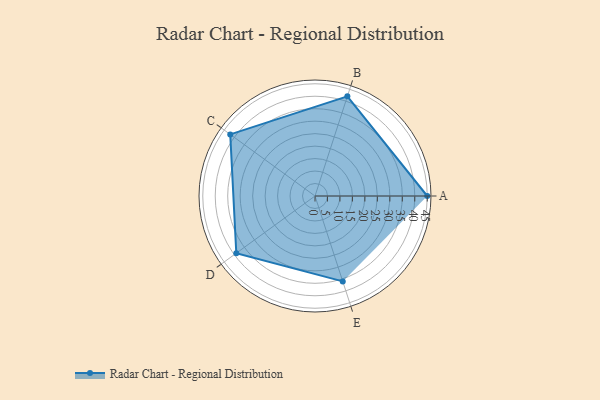
{"axis": {"x": "Skill", "y": "Score"}, "legend": ["Profile"], "data": [{"x": "A", "y": 45.0, "type": "Profile"}, {"x": "B", "y": 42.0, "type": "Profile"}, {"x": "C", "y": 42.0, "type": "Profile"}, {"x": "D", "y": 39.0, "type": "Profile"}, {"x": "E", "y": 36.0, "type": "Profile"}]}